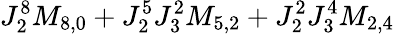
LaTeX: J_{2}^{8}M_{8,0}+J_{2}^{5}J_{3}^{2}M_{5,2}+J_{2}^{2}J_{3}^{4}M_{2,4}